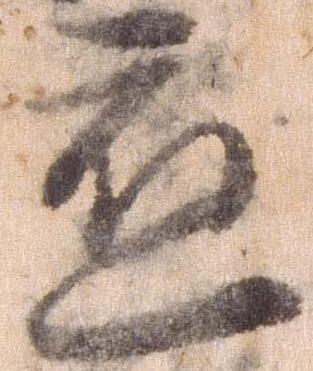
応